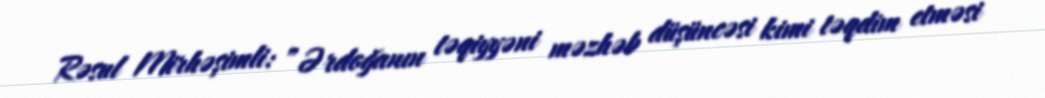
Rəsul Mirhəşimli: ”Ərdoğanın təqiyyəni məzhəb düşüncəsi kimi təqdim etməsi